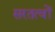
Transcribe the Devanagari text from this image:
सरतत्वों